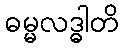
ဓမ္မလဒ္ဓါတိ